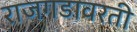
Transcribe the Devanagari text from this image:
राजगडावरती